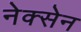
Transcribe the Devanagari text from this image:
नेक्सेन